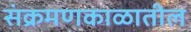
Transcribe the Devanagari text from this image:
संक्रमणकाळातील